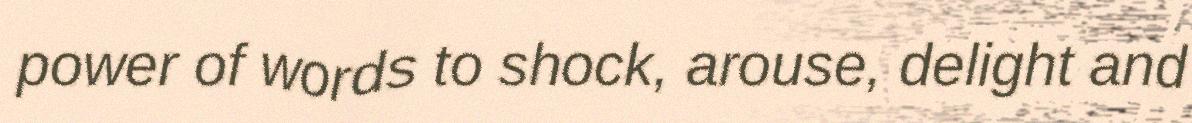
power of words to shock, arouse, delight and